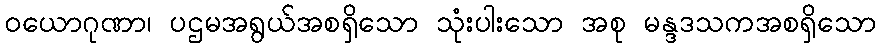
ဝယောဂုဏာ၊ ပဌမအရွယ်အစရှိသော သုံးပါးသော အစု မန္ဒဒသကအစရှိသော